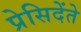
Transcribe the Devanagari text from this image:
प्रेसिदेंते